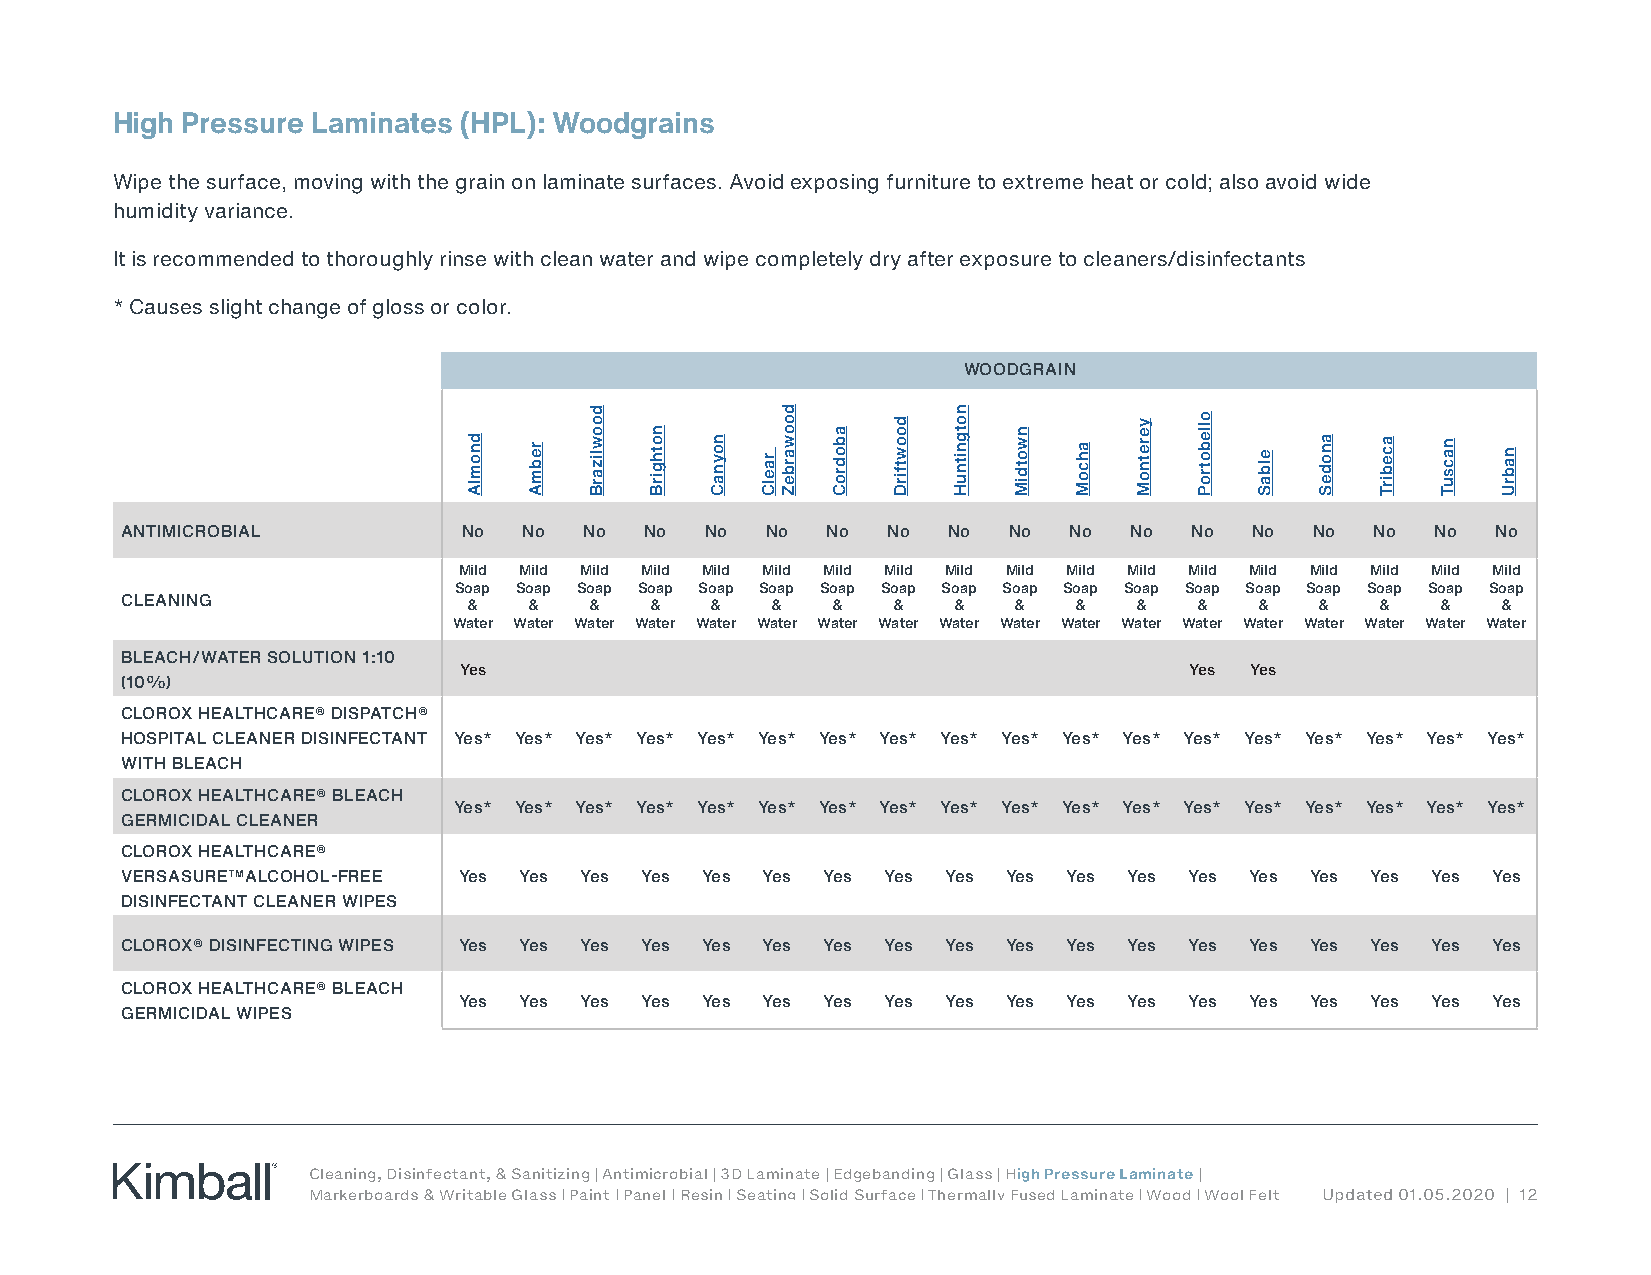
High Pressure Laminates (HPL): Woodgrains
 Wipe the surface, moving with the grain on laminate surfaces. Avoid exposing furniture to extreme heat or cold; also avoid wide
 humidity variance.
 It is recommended to thoroughly rinse with clean water and wipe completely dry after exposure to cleaners/disinfectants
 * Causes slight change of gloss or color.
 WOODGRAIN
 ANTIMICROBIAL          No  No  No  No  No  No  No  No  No  No  No  No  No  No  No  No  No  No
 Mild Mild Mild Mild Mild Mild Mild Mild Mild Mild Mild Mild Mild Mild Mild Mild Mild Mild
 Soap Soap Soap Soap Soap Soap Soap Soap Soap Soap Soap Soap Soap Soap Soap Soap Soap Soap
 CLEANING               &   &   &   &   &   &   &   &   &   &   &   &   &   &   &   &   &   &
 Water Water Water Water Water Water Water Water Water Water Water Water Water Water Water Water Water Water
 BLEACH/WATER SOLUTION 1:10
 Yes                                              Yes Yes
 (10%)
 CLOROX HEALTHCARE® DISPATCH®
 HOSPITAL CLEANER DISINFECTANT Yes* Yes* Yes* Yes* Yes* Yes* Yes* Yes* Yes* Yes* Yes* Yes* Yes* Yes* Yes* Yes* Yes* Yes*
 WITH BLEACH
 CLOROX HEALTHCARE® BLEACH
 Yes* Yes* Yes* Yes* Yes* Yes* Yes* Yes* Yes* Yes* Yes* Yes* Yes* Yes* Yes* Yes* Yes* Yes*
 GERMICIDAL CLEANER
 CLOROX HEALTHCARE®
 VERSASURE™ALCOHOL-FREE Yes Yes Yes Yes Yes Yes Yes Yes Yes Yes Yes Yes Yes Yes Yes Yes Yes Yes
 DISINFECTANT CLEANER WIPES
 CLOROX® DISINFECTING WIPES Yes Yes Yes Yes Yes Yes Yes Yes Yes Yes Yes Yes Yes Yes Yes Yes Yes Yes
 CLOROX HEALTHCARE® BLEACH
 Yes Yes Yes Yes Yes Yes Yes Yes  Yes Yes Yes Yes Yes Yes Yes Yes Yes Yes
 GERMICIDAL WIPES
 Cleaning, Disinfectant, & Sanitizing | Antimicrobial | 3D Laminate | Edgebanding | Glass | High Pressure Laminate |
 Markerboards & Writable Glass | Paint | Panel | Resin | Seating | Solid Surface | Thermally Fused Laminate | Wood | Wool Felt Updated 01.05.2020 | 12
 dnomlA rebmA
 doowlizarB
 nothgirB
 noynaC raelC
 doowarbeZ
 abodroC
 doowtfirD notgnitnuH
 nwotdiM
 ahcoM
 yeretnoM ollebotroP
 elbaS anodeS acebirT nacsuT nabrU